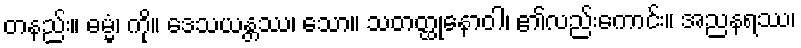
တနည်း။ ဓမ္မံ၊ ကို။ ဒေသယန္တဿ၊ သော။ သတတ္ထုနောဝါ၊ ၏လည်းကောင်း။ အညနရဿ၊